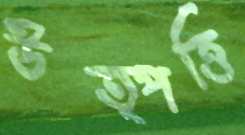
উত্পত্তি